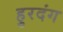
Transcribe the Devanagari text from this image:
हुरदंग